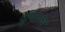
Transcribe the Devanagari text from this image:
दुषितपणा